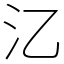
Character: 㲸